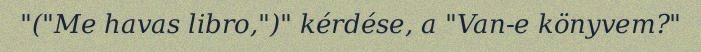
"("Me havas libro,")" kérdése, a "Van-e könyvem?"